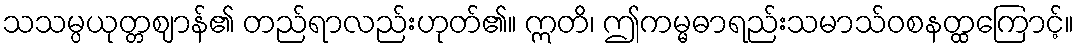
သသမ္ပယုတ္တဈာန်၏ တည်ရာလည်းဟုတ်၏။ ဣတိ၊ ဤကမ္မဓာရည်းသမာသ်ဝစနတ္ထကြောင့်။